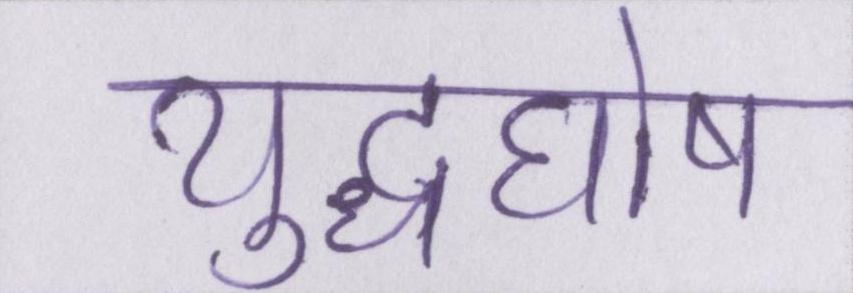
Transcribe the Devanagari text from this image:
युद्धघोष